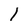
Character: l